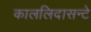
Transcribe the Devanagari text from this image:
काललिदासन्टे